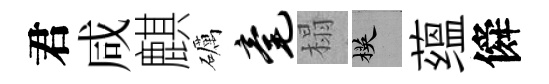
君咸麒礪毫榻楧蕴僢